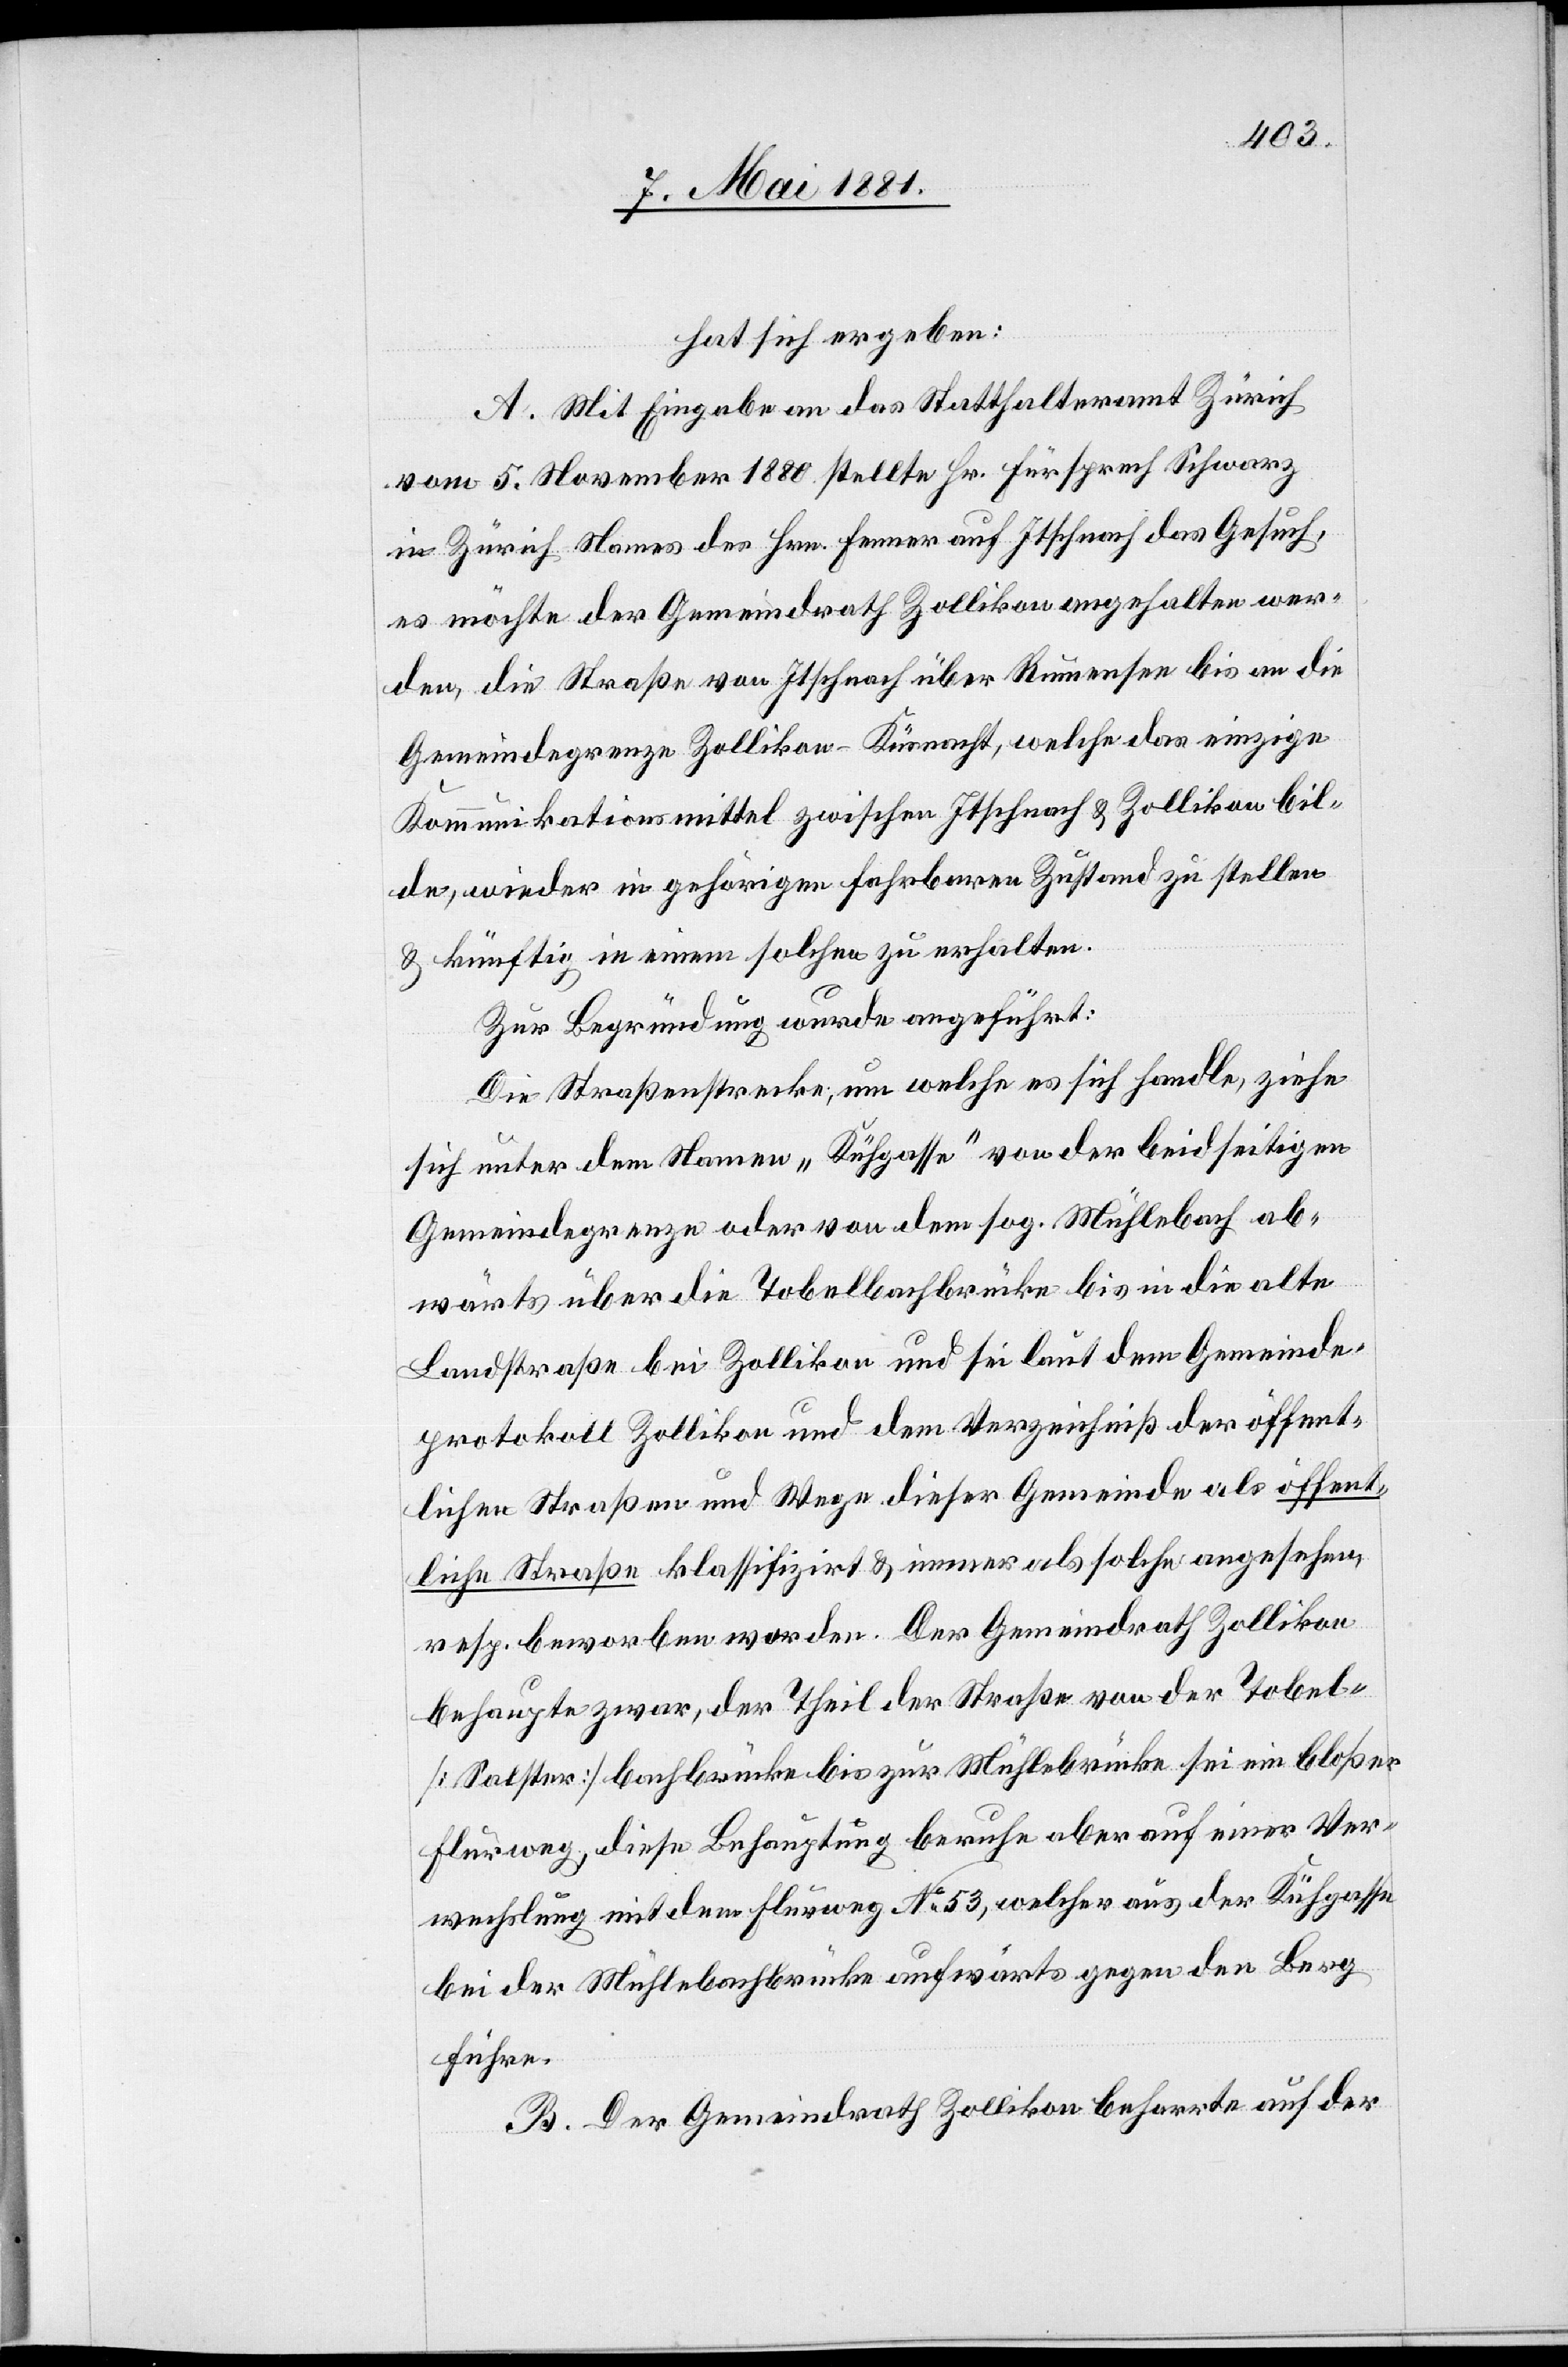
hat sich ergeben:
A. Mit Eingabe an das Statthalteramt Zürich
vom 5. November 1880 stellte Hr. Fürsprech Schwarz
in Zürich Namens des Hrn. Fenner aus Itschnach das Gesuch,
es möchte der Gemeindrath Zollikon angehalten wer¬
den, die Straße von Itschnach über Rumensee bis an die
Gemeindegrenze Zollikon–Küsnacht, welche das einzige
Kommunikationsmittel zwischen Itschnach & Zollikon bil¬
de, wieder in gehörigen fahrbaren Zustand zu stellen
& künftig in einem solchen zu erhalten.
Zur Begründung wurde angeführt:
Die Straßenstrecke, um welche es sich handle, ziehe
sich unter dem Namen „Kühgasse“ von der beidseitigen
Gemeindegrenze oder von dem sog. Mühlebach ab¬
wärts über die Tobelbachbrücke bis in die alte
Landstraße bei Zollikon und sei laut dem Gemeinde¬
protokoll Zollikon und dem Verzeichniß der öffent¬
lichen Straßen und Wege dieser Gemeinde als öffent¬
liche Straße klassifizirt & immer als solche angesehen,
resp. beworben worden. Der Gemeindrath Zollikon
behaupte zwar, der Theil der Straße von der Tobel-
[Salster] bachbrücke bis zur Mühlebrücke sei ein bloßer
Flurweg, diese Behauptung beruhe aber auf einer Ver¬
wechslung mit dem Flurweg No 53, welcher aus der Kühgasse
bei der Mühlebachbrücke aufwärts gegen den Berg
führe.
B. Der Gemeindrath Zollikon beharrte auf der